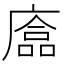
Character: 𢊴